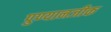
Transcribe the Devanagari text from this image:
पुण्यानजीक